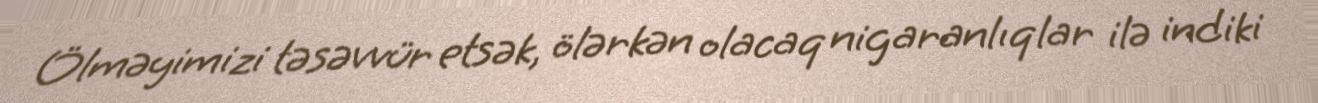
Ölməyimizi təsəvvür etsək, ölərkən olacaq nigaranlıqlar ilə indiki